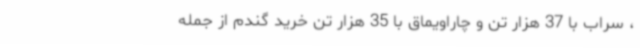
، سراب با 37 هزار تن و چاراویماق با 35 هزار تن خرید گندم از جمله